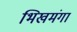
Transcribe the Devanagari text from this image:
भिखमंगा